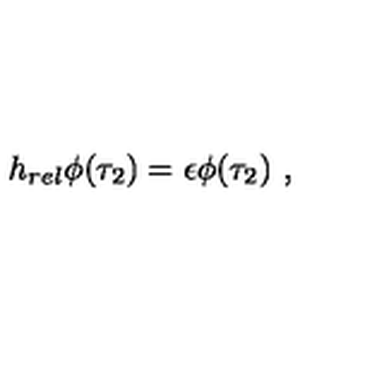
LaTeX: h _ { r e l } \phi ( \tau _ { 2 } ) = \epsilon \phi ( \tau _ { 2 } ) \ ,